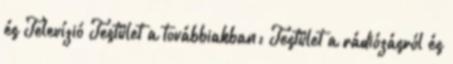
és Televízió Testület a továbbiakban: Testület a rádiózásról és